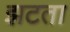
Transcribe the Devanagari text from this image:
झटता